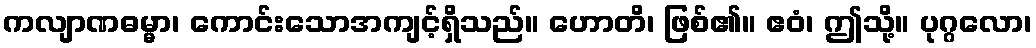
ကလျာဏဓမ္မာ၊ ကောင်းသောအကျင့်ရှိသည်။ ဟောတိ၊ ဖြစ်၏။ ဧဝံ၊ ဤသို့။ ပုဂ္ဂလော၊